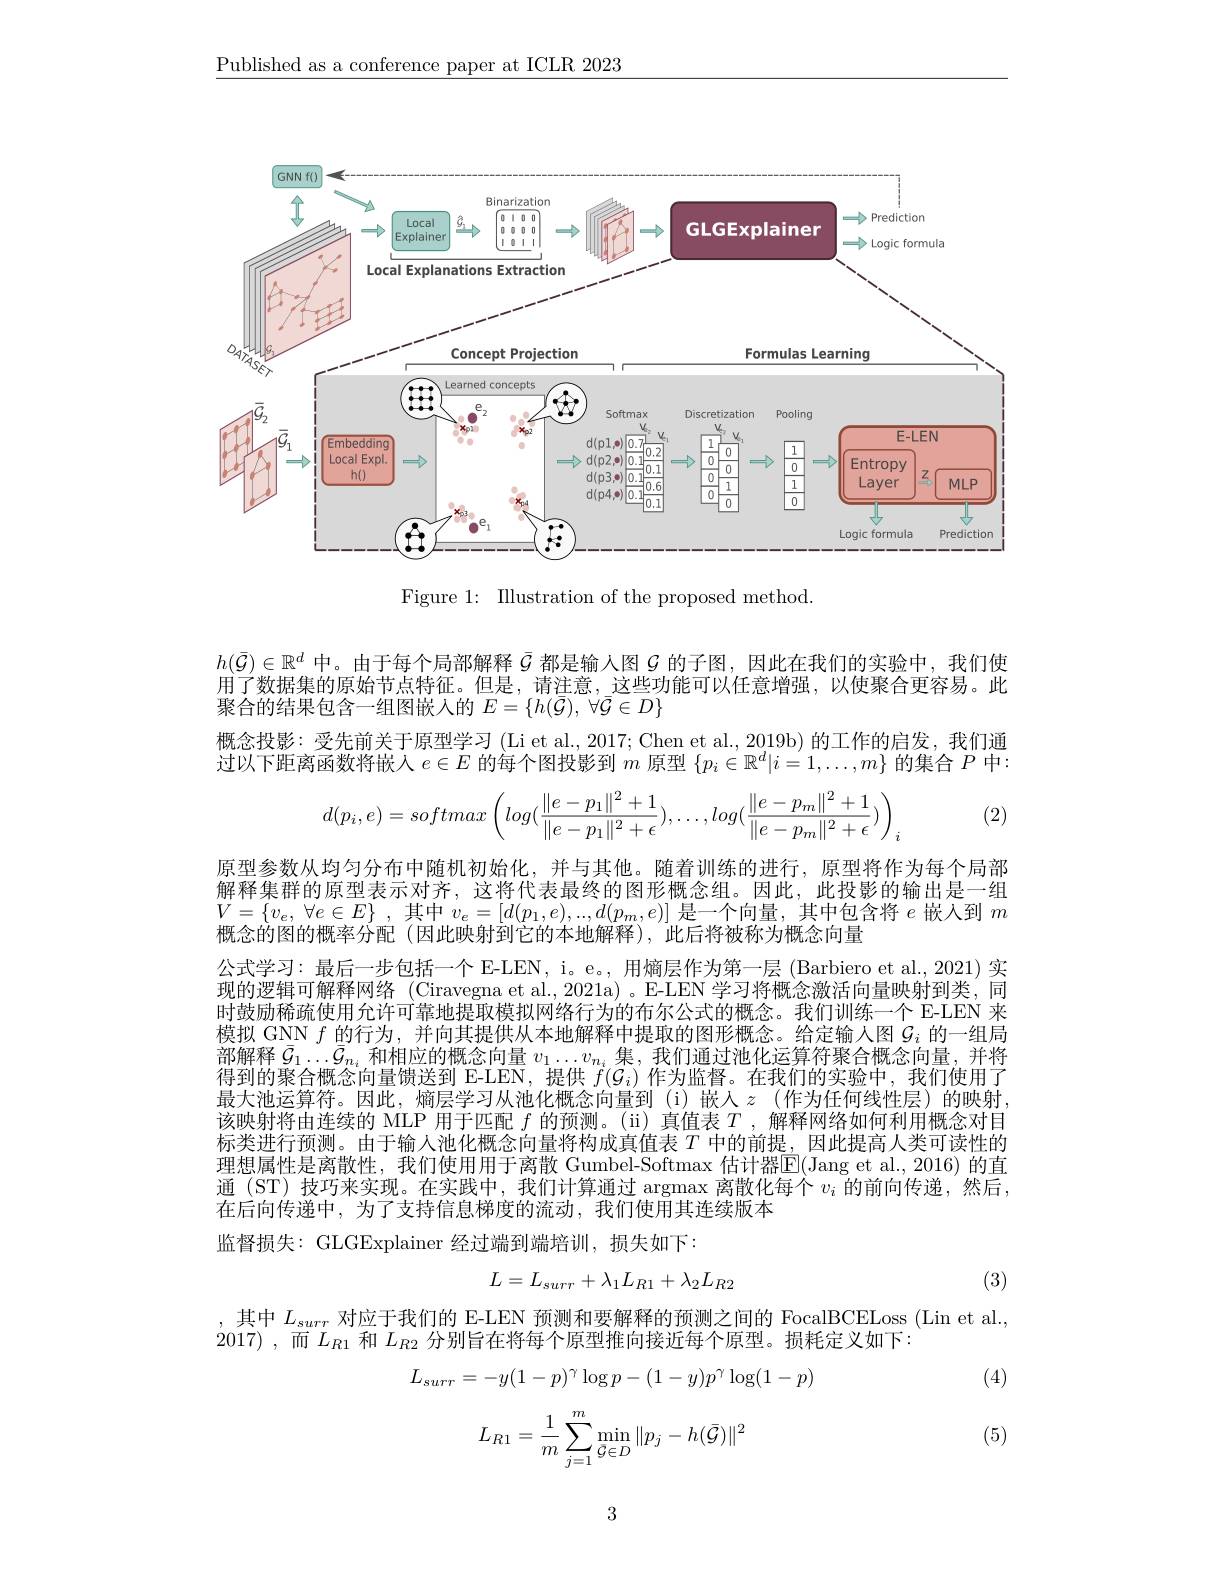
$\underline{\text{Published as a conference paper at ICLR 2023}}$

<FigureHere>

Figure 1: IIlustration of the proposed method.

$h(\bar{\mathcal{G}})\in\mathbb{R}^d$中。由于每个局部解释$\bar{\mathcal{G}}$都是输入图$\mathcal{G}$的子图，因此在我们的实验中，我们使用了数据集的原始节点特征。但是，请注意，这些功能可以任意增强，以使聚合更容易。此聚合的结果包含一组图嵌入的$E=\{h(\bar{\mathcal{G}}),\forall\bar{\mathcal{G}}\in D\}$
概念投影：受先前关于原型学习 (Li et al., 2017; Chen et al., 2019b) 的工作的启发，我们通过以下距离函数将嵌入$e\in E$的每个图投影到$m$原型$\{p_i\in\mathbb{R}^d|i=1,\ldots,m\}$的集合$P$中：
$$d(p_i,e)=softmax\left(log(\frac{\|e-p_1\|^2+1}{\|e-p_1\|^2+\epsilon}),\ldots,log(\frac{\|e-p_m\|^2+1}{\|e-p_m\|^2+\epsilon})\right)_i$$
(2)

原型参数从均匀分布中随机初始化，并与其他。随着训练的进行，原型将作为每个局部解释集群的原型表示对齐，这将代表最终的图形概念组。因此，此投影的输出是一组$V= \{ v_{e}, \forall e\in E\}$ ,其中$v_e=[d(p_1,e),..,d(p_m,e)]$是一个向量，其中包含将$e$嵌入到$m$ 概念的图的概率分配(因此映射到它的本地解释),此后将被称为概念向量
公式学习：最后一步包括一个 E-LEN, i。e。, 用熵层作为第一层 (Barbiero et al., 2021) 实现的逻辑可解释网络 (Ciravegna et al.,2021a)。E-LEN 学习将概念激活向量映射到类，同时鼓励稀疏使用允许可靠地提取模拟网络行为的布尔公式的概念。我们训练一个 E-LEN 来模拟 GNN $f$的行为，并向其提供从本地解释中提取的图形概念。给定输入图$G_i$的一组局部解释$\bar{\mathcal{G}}_1\ldots\bar{\mathcal{G}}_{n_i}$和相应的概念向量$v_1\ldots v_{n_i}$集，我们通过池化运算符聚合概念向量，并将得到的聚合概念向量馈送到 E-LEN,提供$f(\mathcal{G}_i)$作为监督。在我们的实验中，我们使用了最大池运算符。因此，熵层学习从池化概念向量到(i)嵌人$z$ (作为任何线性层)的映射该映射将由连续的 MLP 用于匹配$f$的预测。(ii) 真值表$T$ ,解释网络如何利用概念对目标类进行预测。由于输人池化概念向量将构成真值表$T$中的前提，因此提高人类可读性的理想属性是离散性，我们使用用于离散 Gumbel-Softmax 估计器$\overline{\mathrm{E}}($Jang et al.,2016)的直通 (ST) 技巧来实现。在实践中，我们计算通过 argmax 离散化每个 $v_i$ 的前向传递，然后， 在后向传递中，为了支持信息梯度的流动，我们使用其连续版本
监督损失：GLGExplainer 经过端到端培训，损失如下：
$$L=L_{surr}+\lambda_{1}L_{R1}+\lambda_{2}L_{R2}$$
(3)

,其中$L_{surr}$对应于我们的 E-LEN 预测和要解释的预测之间的 FocalBCELoss (Lin et al.,
2017),而$L_{R1}$和$L_{R2}$分别旨在将每个原型推向接近每个原型。损耗定义如下：

(4)
$$L_{surr}=-y(1-p)^\gamma\log p-(1-y)p^\gamma\log(1-p)$$
$$\begin{aligned}L_{R1}=\frac{1}{m}\sum_{j=1}^{m}\min_{\bar{\mathcal{G}}\in D}\|p_{j}-h(\bar{\mathcal{G}})\|^{2}\end{aligned}$$
(5)

3